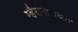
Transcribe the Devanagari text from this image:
म्हैसमाळच्या